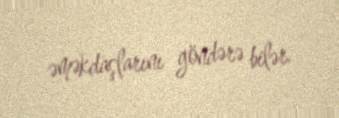
əməkdaşlarını göndərə bilər.